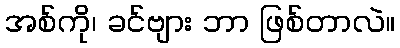
အစ်ကို၊ ခင်ဗျား ဘာ ဖြစ်တာလဲ။